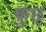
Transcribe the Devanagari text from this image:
कुछ्‍